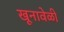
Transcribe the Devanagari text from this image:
खूनावेळी